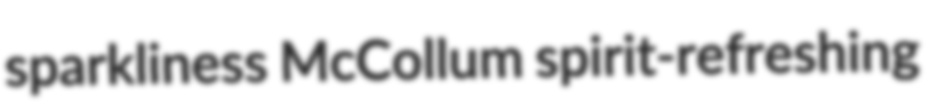
sparkliness McCollum spirit-refreshing